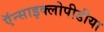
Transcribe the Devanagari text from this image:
ऍन्साइक्लोपीडीया